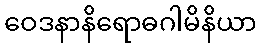
ဝေဒနာနိရောဓဂါမိနိယာ